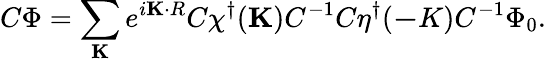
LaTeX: C\Phi=\sum_{\mathbf K}e^{i{\mathbf K\cdot R}}C\chi^{\dagger}({\mathbf K})C^{-1}C\eta^{\dagger}({\mathbf-K})C^{-1}\Phi_{0}.